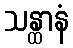
သန္ထာနံ